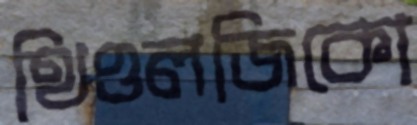
থিওলজিকো